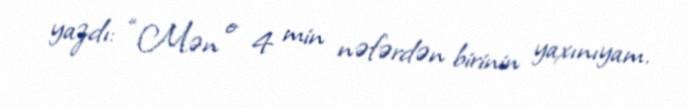
yazdı: “Mən o 4 min nəfərdən birinin yaxınıyam.